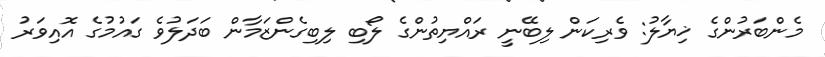
މެންބަރުންގެ ޚިޔާލު: ވެރިކަން ލިބޭނީ ރައްޔިތުންގެ ލޯބި ލިބިގެންޒަމާން ބަދަލުވެ ގައުމުގެ އޮއިވަރު